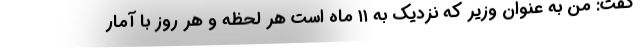
گفت: من به عنوان وزیر که نزدیک به ۱۱ ماه است هر لحظه و هر روز با آمار